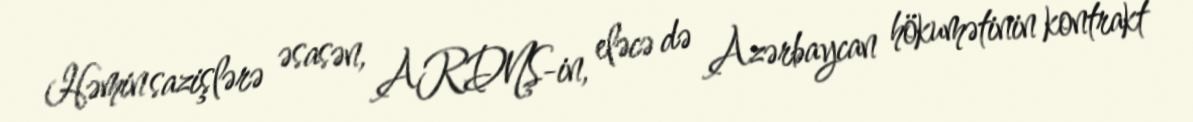
Həmin sazişlərə əsasən, ARDNŞ-in, eləcə də Azərbaycan hökumətinin kontrakt